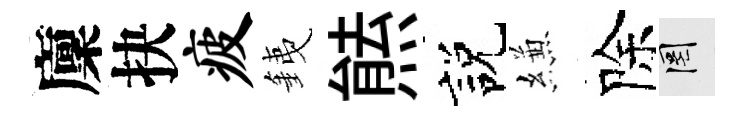
廩抉疲銕㷱説縑除罔